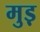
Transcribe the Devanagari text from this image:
मुड़़